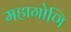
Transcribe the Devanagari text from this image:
महागोणि